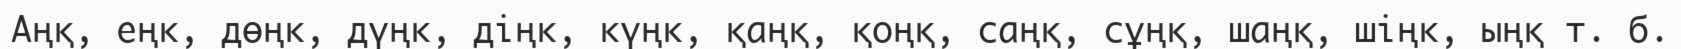
Аңқ, еңк, дөңк, дүңк, діңк, күңк, қаңқ, қоңқ, саңқ, сұңқ, шаңқ, шіңк, ыңқ т. б.